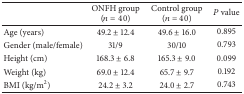
<table><thead><tr><td><b> </b></td><td><b>ONFH group (<i>n</i> = 40)</b></td><td><b>Control group (<i>n</i> = 40)</b></td><td><b><i>P</i> value</b></td></tr></thead><tbody><tr><td>Age (years)</td><td>49.2 ± 12.4</td><td>49.6 ± 16.0</td><td>0.895</td></tr><tr><td>Gender (male/female)</td><td>31/9</td><td>30/10</td><td>0.793</td></tr><tr><td>Height (cm)</td><td>168.3 ± 6.8</td><td>165.3 ± 9.0</td><td>0.099</td></tr><tr><td>Weight (kg)</td><td>69.0 ± 12.4</td><td>65.7 ± 9.7</td><td>0.192</td></tr><tr><td>BMI (kg/m<sup>2</sup>)</td><td>24.2 ± 3.2</td><td>24.0 ± 2.7</td><td>0.743</td></tr></tbody></table>